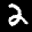
Label: 2